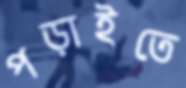
পড়াইতে